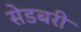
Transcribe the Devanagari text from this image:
सेडबरी